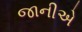
જાનીએ